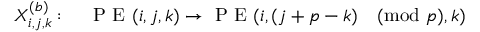
X _ { i , j , k } ^ { ( b ) } : \quad \mathrm { ~ P ~ E ~ } ( i , j , k ) \rightarrow \mathrm { ~ P ~ E ~ } ( i , ( j + p - k ) \pmod p , k )